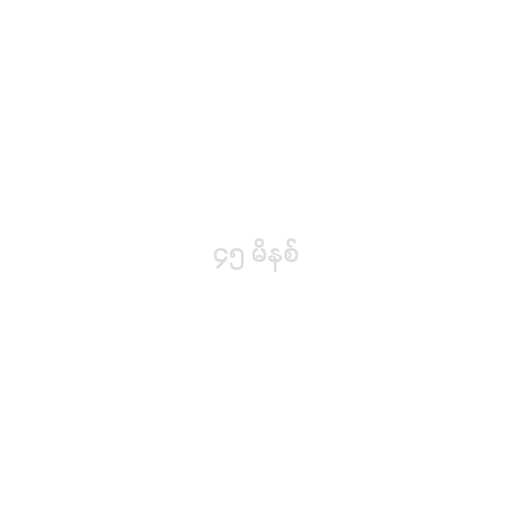
၄၅ မိနစ်